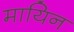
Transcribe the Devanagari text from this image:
मायिन